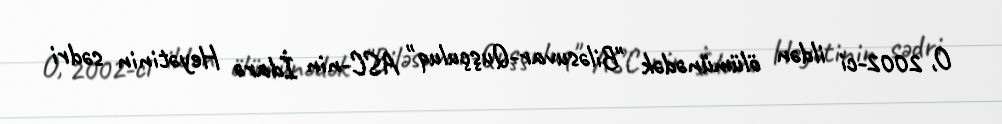
O, 2002-ci ildən ölümünədək "Biləsuvar-Quşçuluq" ASC-nin İdarə Heyətinin sədri